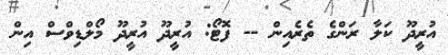
އުރީދޫ ކަލާ ރަންގެ ތެރެއިން -- ފޮޓޯ: އުރީދޫ އުރީދޫ މޯލްޑިވްސް އިން